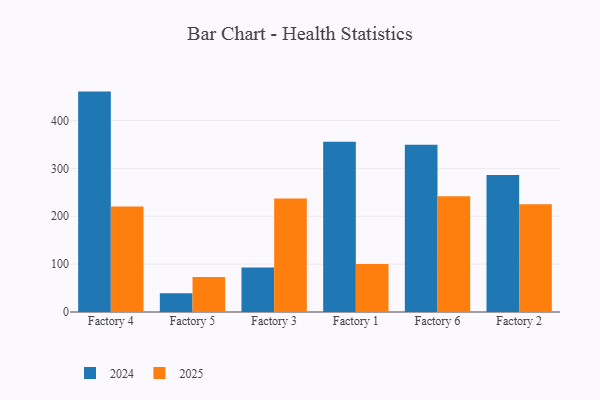
{"axis": {"x": "Factory", "y": "Shipments"}, "legend": ["2024", "2025"], "data": [{"x": "Factory 4", "y": 220.6, "type": "2025"}, {"x": "Factory 4", "y": 460.5, "type": "2024"}, {"x": "Factory 5", "y": 73.1, "type": "2025"}, {"x": "Factory 5", "y": 39.1, "type": "2024"}, {"x": "Factory 3", "y": 237.0, "type": "2025"}, {"x": "Factory 3", "y": 92.9, "type": "2024"}, {"x": "Factory 1", "y": 100.1, "type": "2025"}, {"x": "Factory 1", "y": 355.8, "type": "2024"}, {"x": "Factory 6", "y": 241.8, "type": "2025"}, {"x": "Factory 6", "y": 349.2, "type": "2024"}, {"x": "Factory 2", "y": 225.2, "type": "2025"}, {"x": "Factory 2", "y": 286.1, "type": "2024"}]}